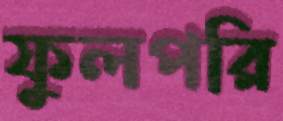
ফুলপরি